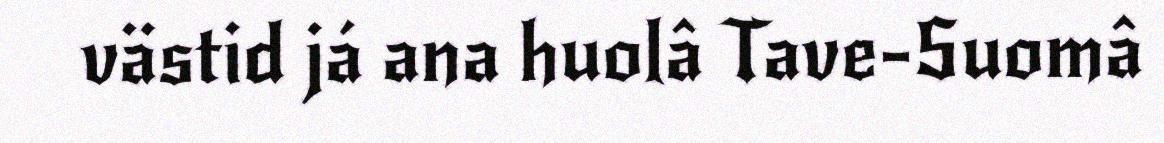
västid já ana huolâ Tave-Suomâ